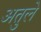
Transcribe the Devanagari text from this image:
अतुले